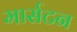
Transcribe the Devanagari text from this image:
मार्सटन